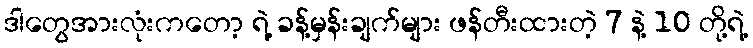
ဒါတွေအားလုံးကတော့ ရဲ့ ခန့်မှန်းချက်များ ဖန်တီးထားတဲ့ 7 နဲ့ 10 တို့ရဲ့